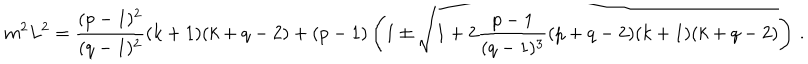
m ^ { 2 } L ^ { 2 } = { \frac { ( p - 1 ) ^ { 2 } } { ( q - 1 ) ^ { 2 } } } ( k + 1 ) ( k + q - 2 ) + ( p - 1 ) \left( 1 \pm \sqrt { 1 + 2 { \frac { p - 1 } { ( q - 1 ) ^ { 3 } } } ( p + q - 2 ) ( k + 1 ) ( k + q - 2 ) } \right) \, .